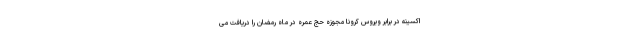
اکسینه در برابر ویروس کرونا مجوزه حج عمره در ماه رمضان را دریافت می